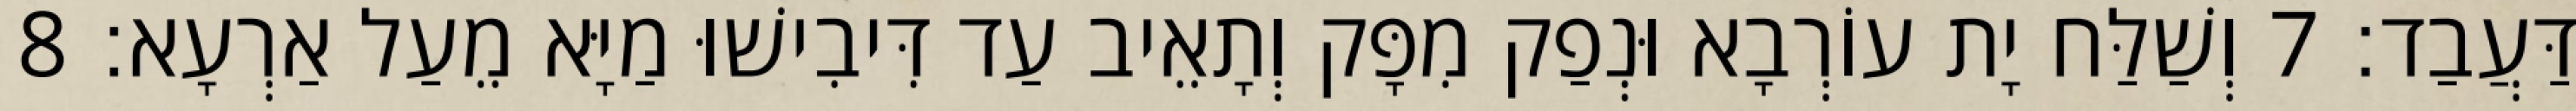
דַּעֲבַד׃ 7 וְשַׁלַּח יָת עוֹרְבָא וּנְפַק מִפָּק וְתָאֵיב עַד דִּיבִישׁוּ מַיָּא מֵעַל אַרְעָא׃ 8